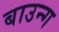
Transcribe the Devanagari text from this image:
बाउन्ग